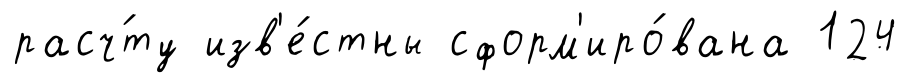
расч́ту изв'е́стны сформ'иро́вана 124